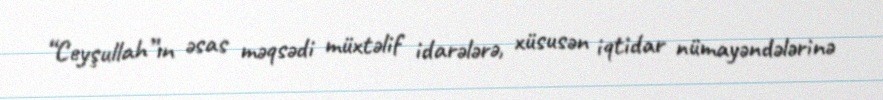
“Ceyşullah”ın əsas məqsədi müxtəlif idarələrə, xüsusən iqtidar nümayəndələrinə